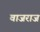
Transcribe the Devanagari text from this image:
वाजराज